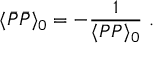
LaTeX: \langle \bar { P } \bar { P } \rangle _ { 0 } = - { \frac { 1 } { \langle P P \rangle _ { 0 } } } \ .